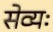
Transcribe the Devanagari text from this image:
सेव्यः